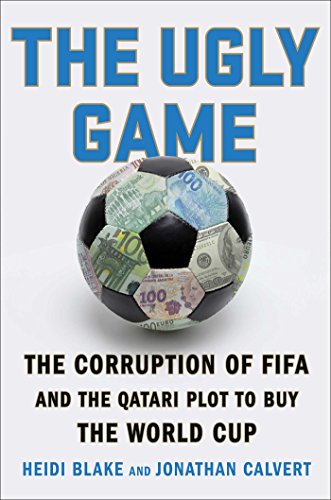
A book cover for The Ugly Game: The Corruption of FIFA and the Qatari Plot to Buy the World Cup; Heidi Blake; Business & Money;